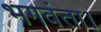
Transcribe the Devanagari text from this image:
भगवंता।